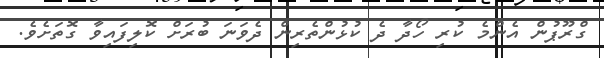
ގްރޫޕުން އެންމެ ކުރި ހޯދާ ދެ ކުޅުންތެރިން ދެވަނަ ބުރަށް ކޮލިފައިވާ ގޮތަށެވެ.